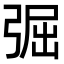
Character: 𢏷